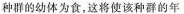
种群的幼体为食，这将使该种群的年